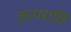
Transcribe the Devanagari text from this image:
अत्यराति